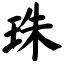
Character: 珠